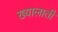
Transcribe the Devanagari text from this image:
ख्यालाती